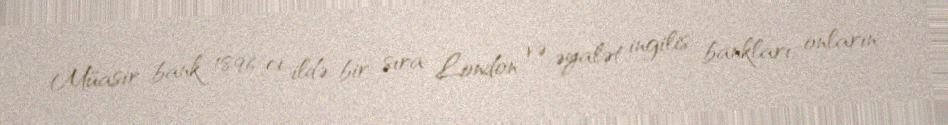
Müasir bank 1896-cı ildə, bir sıra London və əyalət ingilis bankları, onların